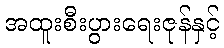
အထူးစီးပွားရေးဇုန်နှင့်